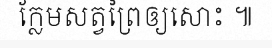
ក្លែមសត្វព្រៃឲ្យសោះ ៕